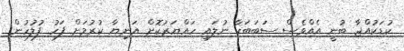
ކުޑަކުއްޖާ ބުނީ އެއްވެސް ސަބަބަކާ ނުލައި ހައްޔަރުކޮށް އަނިޔާ ކުރުމަށް ފަހު ފުލުހުން